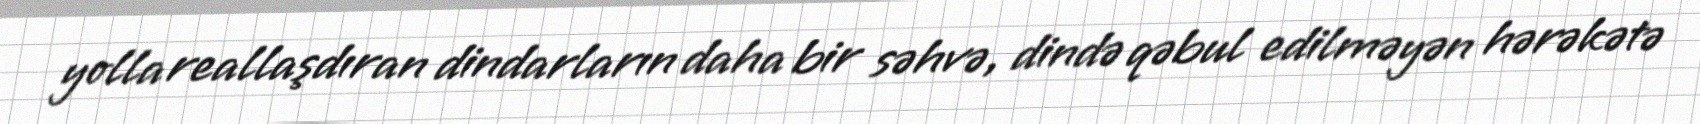
yolla reallaşdıran dindarların daha bir səhvə, dində qəbul edilməyən hərəkətə